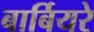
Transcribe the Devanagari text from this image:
बार्बियरे